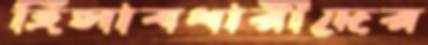
হিসাবধারীদের